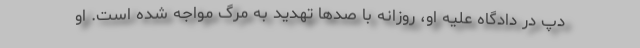
دپ در دادگاه علیه او، روزانه با صدها تهدید به مرگ مواجه شده است. او